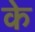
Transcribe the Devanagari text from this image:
के